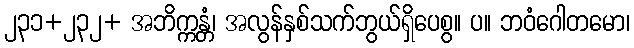
၂၃၁+၂၃၂+ အဘိက္ကန္တံ၊ အလွန်နှစ်သက်ဘွယ်ရှိပေစွ။ ပ။ ဘဝံဂေါတမော၊